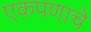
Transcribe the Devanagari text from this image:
एकपणाचे